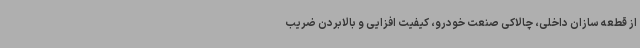
از قطعه سازان داخلی، چالاکی صنعت خودرو، کیفیت افزایی و بالابردن ضریب